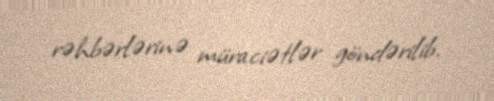
rəhbərlərinə müraciətlər göndərilib.